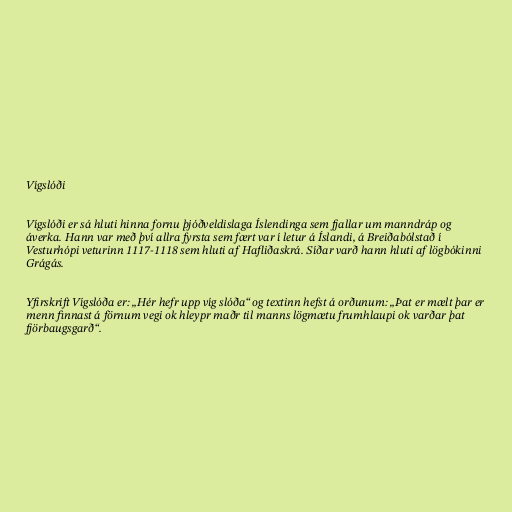
Vígslóði

Vígslóði er sá hluti hinna fornu þjóðveldislaga Íslendinga sem fjallar um manndráp og
áverka. Hann var með því allra fyrsta sem fært var í letur á Íslandi, á Breiðabólstað í
Vesturhópi veturinn 1117-1118 sem hluti af Hafliðaskrá. Síðar varð hann hluti af lögbókinni
Grágás.

Yfirskrift Vígslóða er: „Hér hefr upp víg slóða“ og textinn hefst á orðunum: „Þat er mælt þar er
menn finnast á förnum vegi ok hleypr maðr til manns lögmætu frumhlaupi ok varðar þat
fjörbaugsgarð“.